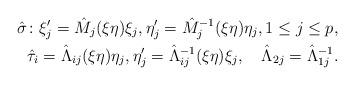
LaTeX: \begin{align*} \hat\sigma\colon \xi_j'=\hat M_j(\xi\eta)\xi_j, \eta_j'=\hat M_j^{-1}(\xi\eta)\eta_j, 1\leq j\leq p,\\\hat\tau_i=\hat\Lambda_{ij}(\xi\eta)\eta_j, \eta_j'=\hat\Lambda_{ij}^{-1}(\xi\eta)\xi_j, \quad\hat\Lambda_{2j}=\hat\Lambda_{1j}^{-1}.\end{align*}